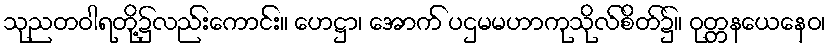
သုညတဝါရတို့၌လည်းကောင်း။ ဟေဋ္ဌာ၊ အောက် ပဌမမဟာကုသိုလ်စိတ်၌။ ဝုတ္တနယေနေဝ၊